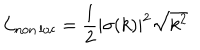
LaTeX: \mathcal { L } _ { \mathrm { n o n \, l o c } } = { \frac { 1 } { 2 } } | \sigma ( k ) | ^ { 2 } \sqrt { k ^ { 2 } }